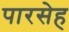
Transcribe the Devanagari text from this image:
पारसेह